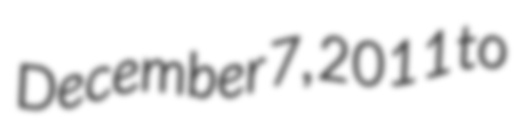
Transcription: December 7, 2011 to